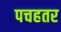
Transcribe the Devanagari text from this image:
पचहतर